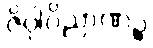
ဇိဝှါဝိညာဏဉ္စ